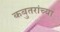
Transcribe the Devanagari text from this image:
कबुतरांच्या